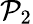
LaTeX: \mathcal{P}_{2}